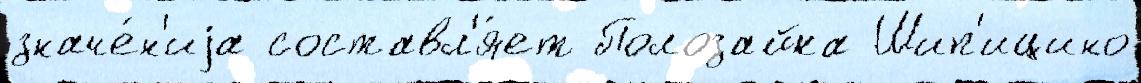
значе́н'иjа составл'я́ет Полозайка Шип'ицино